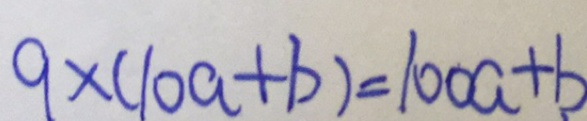
9 \times ( 1 0 a + b ) = 1 0 0 a + b